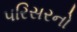
પરિસરનો